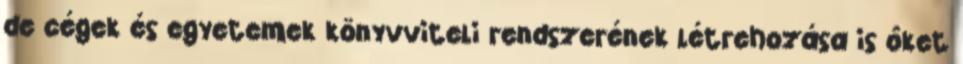
de cégek és egyetemek könyvviteli rendszerének létrehozása is ôket